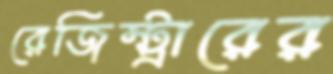
রেজিস্ট্রারের